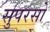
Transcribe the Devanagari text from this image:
सुपरसो